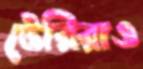
টেরিরাও